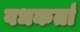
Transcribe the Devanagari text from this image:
वधकर्ता